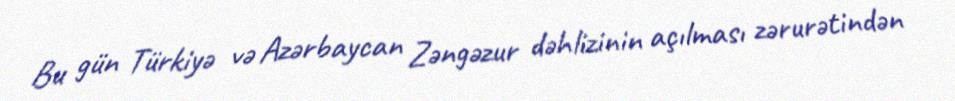
Bu gün Türkiyə və Azərbaycan Zəngəzur dəhlizinin açılması zərurətindən